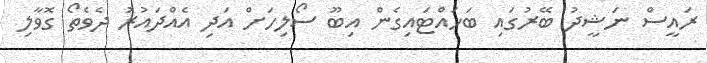
ރައީސް ނަޝީދު ބޭރުގައި ބަހައްޓައިގެން އިބޫ ސޯލިހަށް އަދި އެއްދައުރު ދެވެތޯ ގޮވާލި